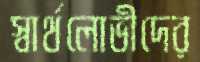
স্বার্থলোভীদের